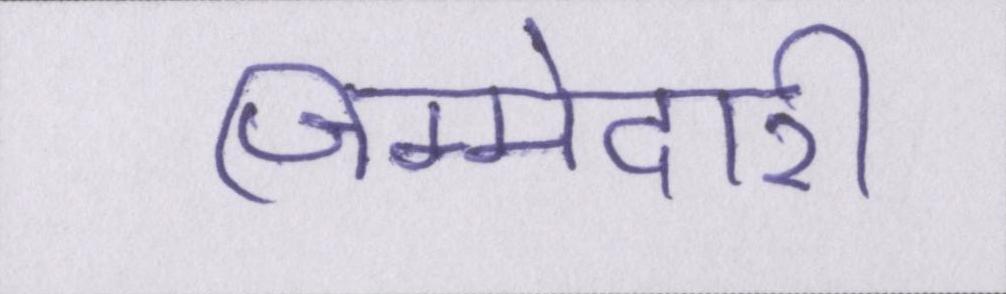
जिम्मेदारी